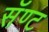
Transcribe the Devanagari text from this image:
सॅण्ट